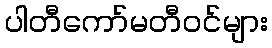
ပါတီကော်မတီဝင်များ